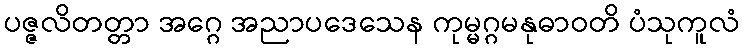
ပဇ္ဇလိတတ္တာ အဂ္ဂေ အညာပဒေသေန ကုမ္မဂ္ဂမနုဓာဝတိ ပံသုကူလံ